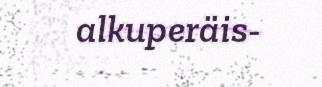
alkuperäis-